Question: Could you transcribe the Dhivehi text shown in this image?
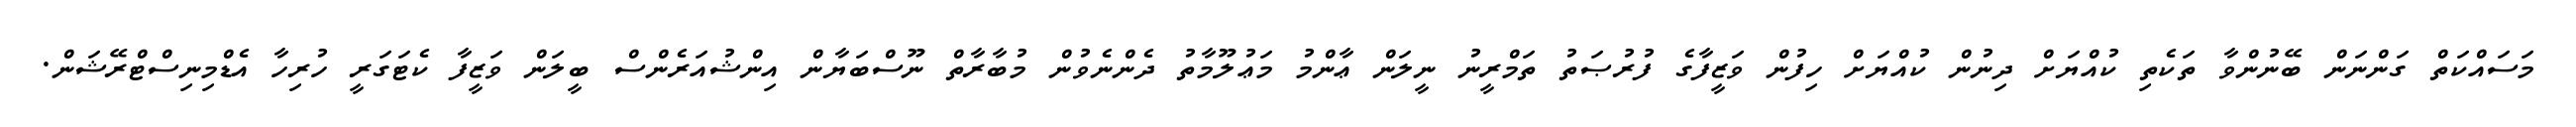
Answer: މަސައްކަތް ގަންނަން ބޭނުންވާ ތަކެތި ކުއްޔަށް ދިނުން ކުއްޔަށް ހިފުން ވަޒީފާގެ ފުރުޞަތު ތަމްރީނު ނީލަން ޢާންމު މަޢުލޫމާތު ދެންނެވުން މުބާރާތް ނޫސްބަޔާން އިންޝުއަރެންސް ބީލަން ވަޒީފާ ކެޓަގަރީ ހުރިހާ އެޑްމިނިސްޓްރޭޝަން.